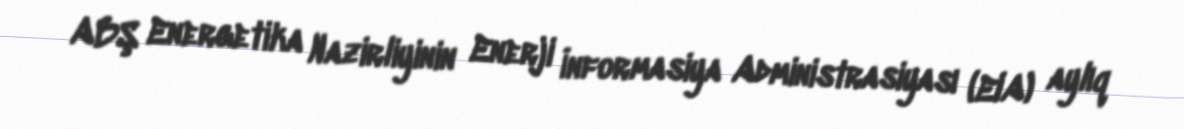
ABŞ Energetika Nazirliyinin Enerji İnformasiya Administrasiyası (EIA) aylıq